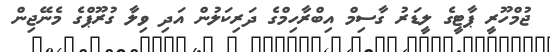
ޖުމްހޫރީ ޕާޓީގެ ލީޑަރު ގާސިމް އިބްރާހިމްގެ ދަރިކަލުން އަދި ވިލާ ގުރޫޕްގެ މެނޭޖިން